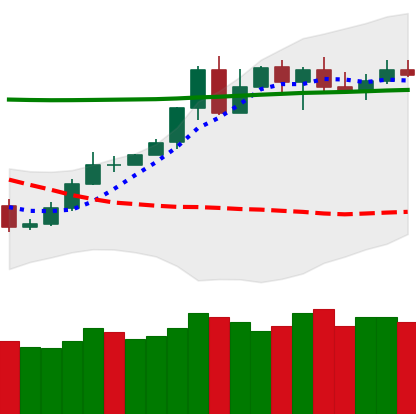
Ticker: TRX-USD
Chart end date: 2020-05-09
Forward return: -5.772%
Label: down_5_7